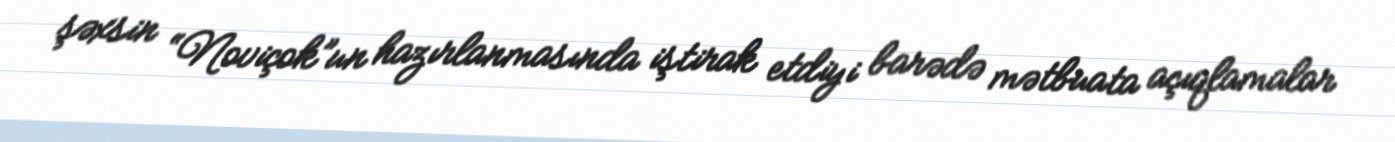
şəxsin “Noviçok”un hazırlanmasında iştirak etdiyi barədə mətbuata açıqlamalar